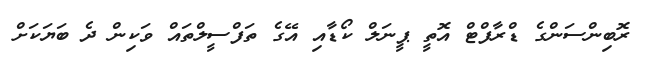
ރޮބިންސަންގެ ޑްރާފްޓް އޮތީ ޕީނަލް ކޯޑާއި އޭގެ ތަފްސީލްތައް ވަކިން ދެ ބަޔަކަށް